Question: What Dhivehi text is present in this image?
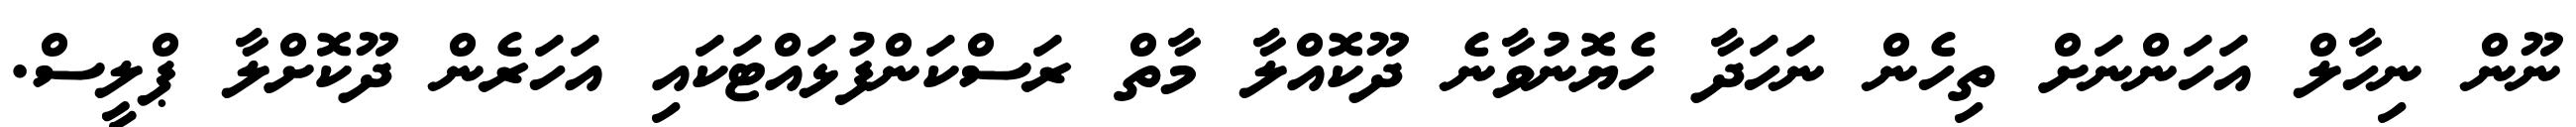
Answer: ނޫން ނިހާލް އަހަންނަށް ތިހެން ނަހަދާ ހެޔޮނުވާނެ ދޫކޮއްލާ މާތް ރަސްކަންފުޅައްޓަކައި އަހަރެން ދޫކޮށްލާ ޕްލީސް.